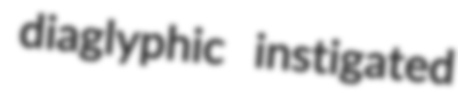
diaglyphic instigated